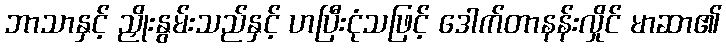
ဘာသာနှင့် ညှိုးနွမ်းသည်နှင့် ဟပြီးငုံသဖြင့် ဒေါက်တာနန်းလှိုင် မာဆာ၏